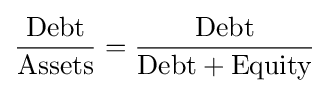
{\frac {\text{Debt}}{\text{Assets}}}={\frac {\text{Debt}}{{\text{Debt}}+{\text{Equity}}}}